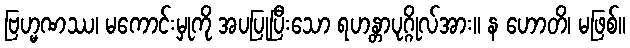
ဗြဟ္မဏဿ၊ မကောင်းမှုကို အပပြုပြီးသော ရဟန္တာပုဂ္ဂိုလ်အား။ န ဟောတိ၊ မဖြစ်။